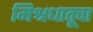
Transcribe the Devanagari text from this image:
मिश्रधातूचा